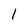
Character: l